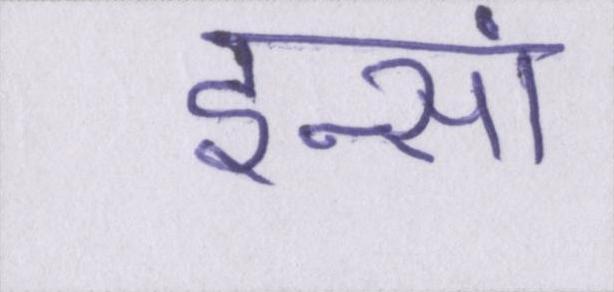
इन्सां